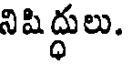
నిషిద్ధులు.